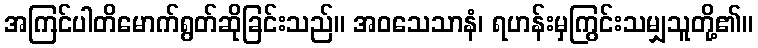
အကြင်ပါတိမောက်ရွတ်ဆိုခြင်းသည်။ အဝသေသာနံ၊ ရဟန်းမှကြွင်းသမျှသူတို့၏။